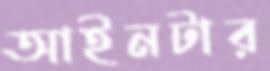
আইনটার